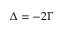
\Delta = - 2 \Gamma